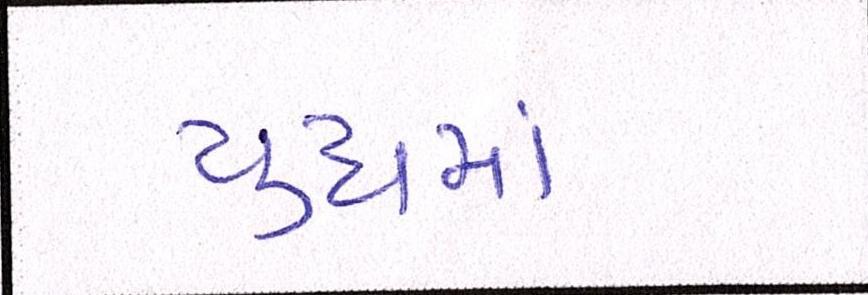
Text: યુદ્ધમાં